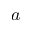
a